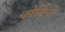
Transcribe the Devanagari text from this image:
कोर्विनो